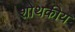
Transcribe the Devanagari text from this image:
शोथकीय